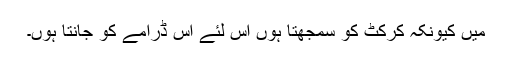
میں کیونکہ کرکٹ کو سمجھتا ہوں اس لئے اس ڈرامے کو جانتا ہوں۔